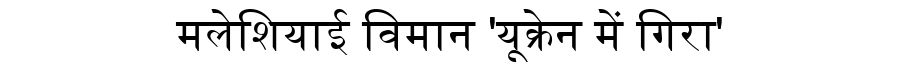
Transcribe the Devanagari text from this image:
मलेशियाई विमान 'यूक्रेन में गिरा'